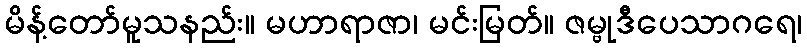
မိန့်တော်မူသနည်း။ မဟာရာဇာ၊ မင်းမြတ်။ ဇမ္ဗုဒီပေသာဂရေ၊